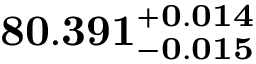
\mathbf { 8 0 . 3 9 1 _ { - 0 . 0 1 5 } ^ { + 0 . 0 1 4 } }